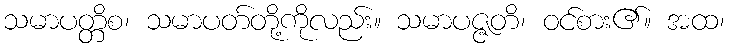
သမာပတ္တိစ၊ သမာပတ်တို့ကိုလည်း။ သမာပဇ္ဇတိ၊ ဝင်စား၏။ အထ၊